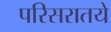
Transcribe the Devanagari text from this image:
परिसरातये